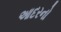
આદરનો